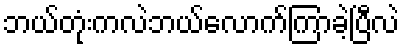
ဘယ်တုံးကလဲဘယ်လောက်ကြာခဲ့ပြီလဲ